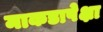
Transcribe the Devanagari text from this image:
माकडापेक्षा